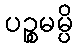
ပဉ္စမမ္ပိ